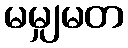
မမျှမတ